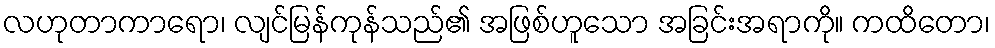
လဟုတာကာရော၊ လျင်မြန်ကုန်သည်၏ အဖြစ်ဟူသော အခြင်းအရာကို။ ကထိတော၊